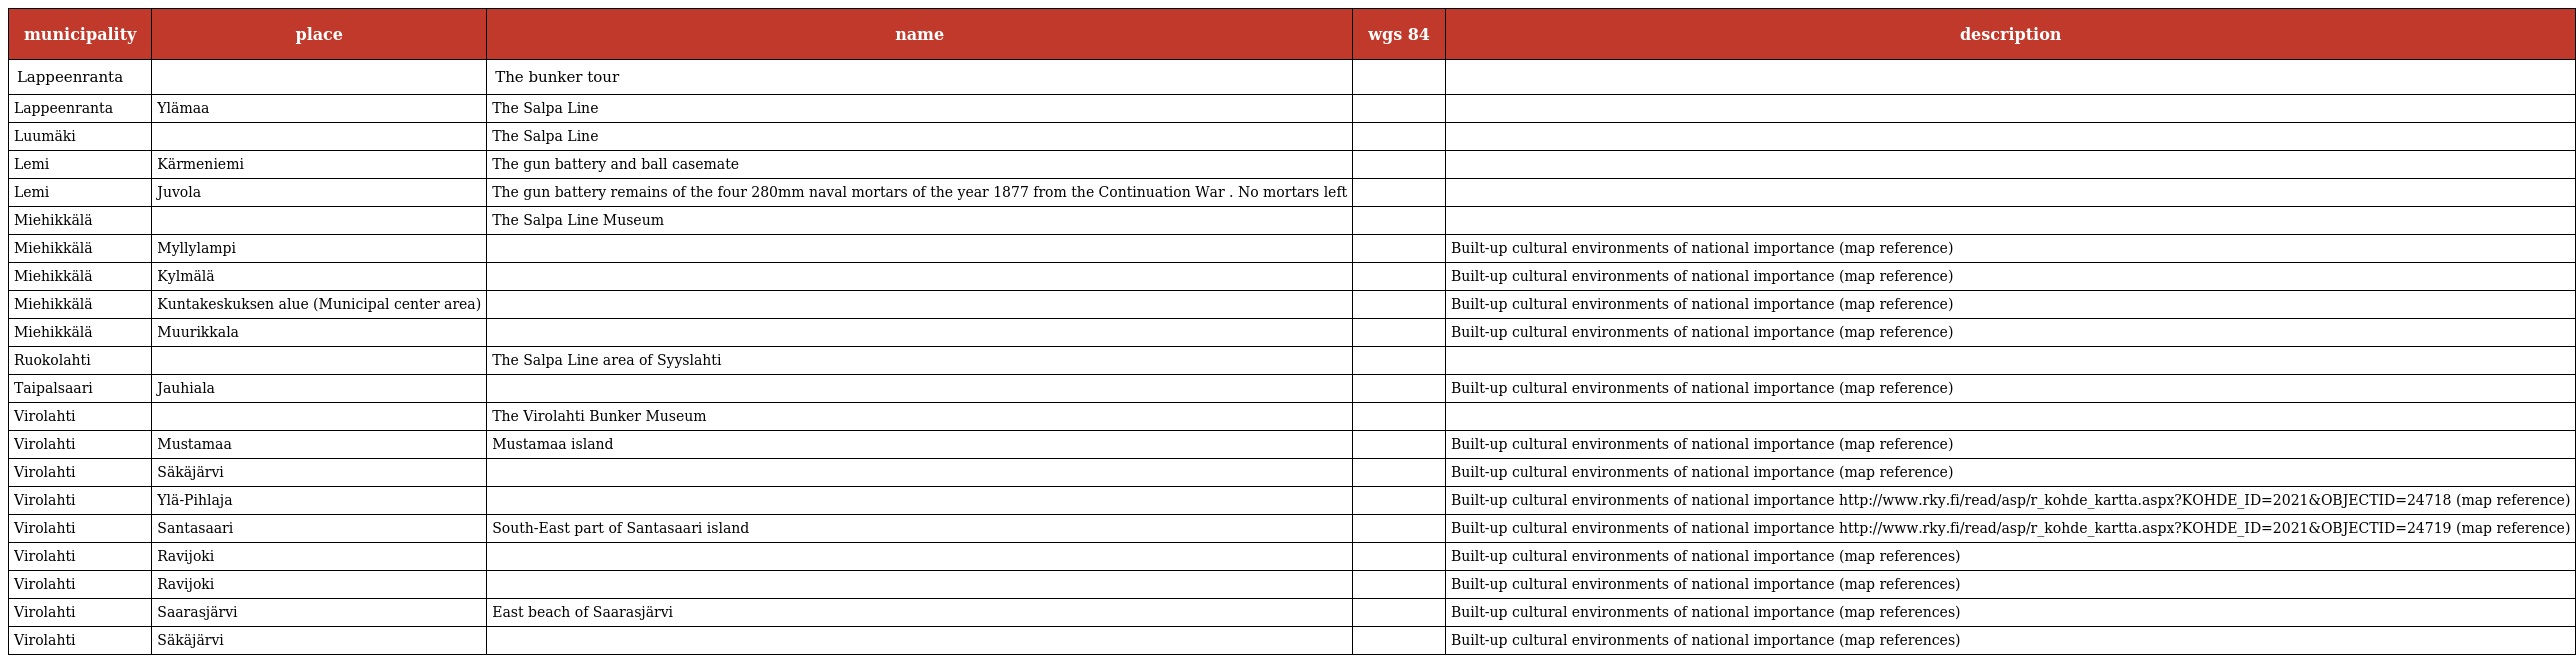
| municipality | place | name | wgs 84 | description |
 | --- | --- | --- | --- | --- |
 | Lappeenranta |  | The bunker tour |  |  |
 | Lappeenranta | Ylämaa | The Salpa Line |  |  |
 | Luumäki |  | The Salpa Line |  |  |
 | Lemi | Kärmeniemi | The gun battery and ball casemate |  |  |
 | Lemi | Juvola | The gun battery remains of the four 280mm naval mortars of the year 1877 from the Continuation War . No mortars left |  |  |
 | Miehikkälä |  | The Salpa Line Museum |  |  |
 | Miehikkälä | Myllylampi |  |  | Built-up cultural environments of national importance (map reference) |
 | Miehikkälä | Kylmälä |  |  | Built-up cultural environments of national importance (map reference) |
 | Miehikkälä | Kuntakeskuksen alue (Municipal center area) |  |  | Built-up cultural environments of national importance (map reference) |
 | Miehikkälä | Muurikkala |  |  | Built-up cultural environments of national importance (map reference) |
 | Ruokolahti |  | The Salpa Line area of Syyslahti |  |  |
 | Taipalsaari | Jauhiala |  |  | Built-up cultural environments of national importance (map reference) |
 | Virolahti |  | The Virolahti Bunker Museum |  |  |
 | Virolahti | Mustamaa | Mustamaa island |  | Built-up cultural environments of national importance (map reference) |
 | Virolahti | Säkäjärvi |  |  | Built-up cultural environments of national importance (map reference) |
 | Virolahti | Ylä-Pihlaja |  |  | Built-up cultural environments of national importance http://www.rky.fi/read/asp/r_kohde_kartta.aspx?KOHDE_ID=2021&OBJECTID=24718 (map reference) |
 | Virolahti | Santasaari | South-East part of Santasaari island |  | Built-up cultural environments of national importance http://www.rky.fi/read/asp/r_kohde_kartta.aspx?KOHDE_ID=2021&OBJECTID=24719 (map reference) |
 | Virolahti | Ravijoki |  |  | Built-up cultural environments of national importance (map references) |
 | Virolahti | Ravijoki |  |  | Built-up cultural environments of national importance (map references) |
 | Virolahti | Saarasjärvi | East beach of Saarasjärvi |  | Built-up cultural environments of national importance (map references) |
 | Virolahti | Säkäjärvi |  |  | Built-up cultural environments of national importance (map references) |